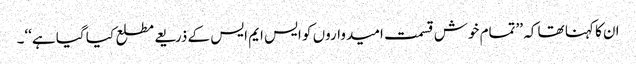
ان کا کہنا تھا کہ ’’تمام خوش قسمت امیدواروں کو ایس ایم ایس کے ذریعے مطلع کیا گیا ہے‘‘۔